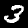
Digit: 3